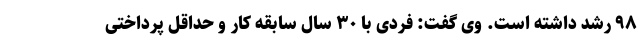
۹۸ رشد داشته است. وی گفت: فردی با ۳۰ سال سابقه کار و حداقل پرداختی